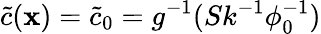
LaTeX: \tilde{c}(\mathbf{x})=\tilde{c}_{0}=g^{-1}(Sk^{-1}\phi_{0}^{-1})